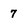
Character: 7